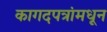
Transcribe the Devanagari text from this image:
कागदपत्रांमधून